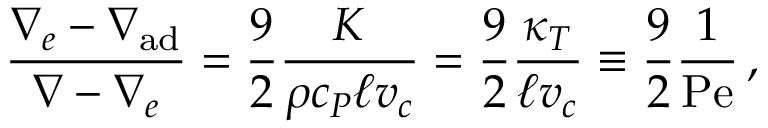
{ \frac { \nabla _ { e } - \nabla _ { \mathrm { a d } } } { \nabla - \nabla _ { e } } } = { \frac { 9 } { 2 } } { \frac { K } { \rho c _ { P } \ell v _ { c } } } = { \frac { 9 } { 2 } } { \frac { \kappa _ { T } } { \ell v _ { c } } } \equiv { \frac { 9 } { 2 } } { \frac { 1 } { \mathrm { P e } } } \, ,